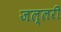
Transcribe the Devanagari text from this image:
जल्लरी